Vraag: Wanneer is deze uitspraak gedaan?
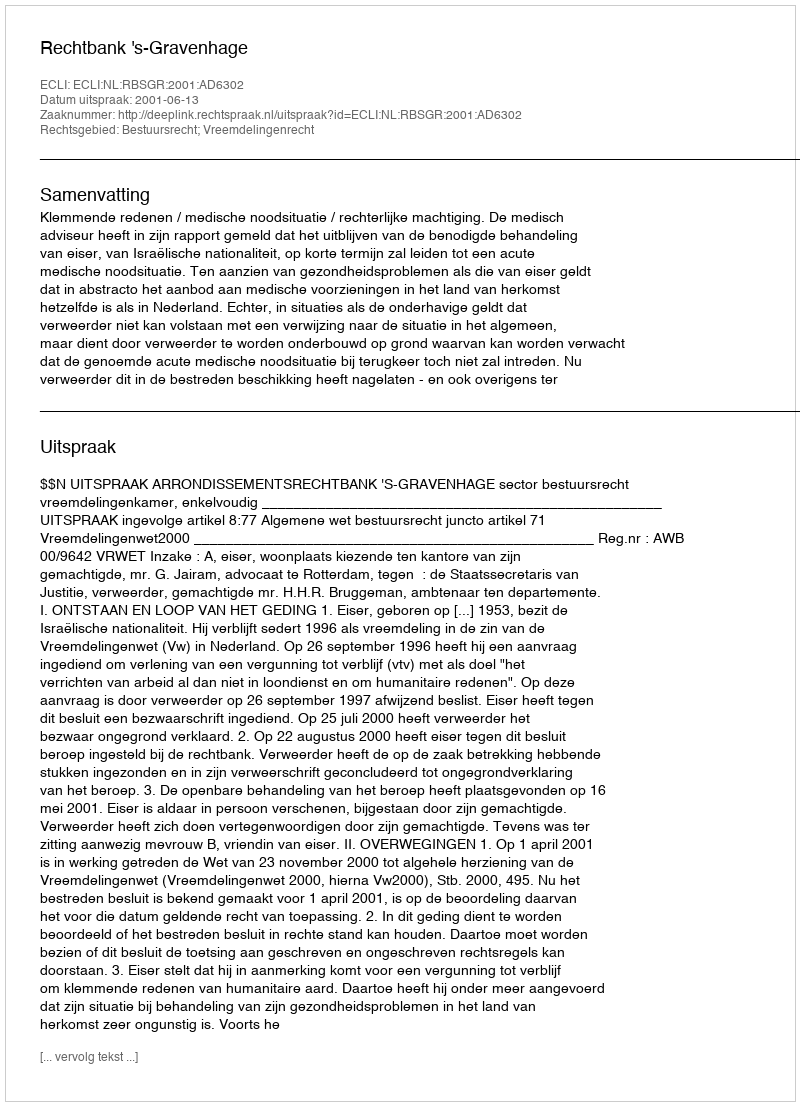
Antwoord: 2001-06-13